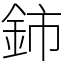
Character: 鈰